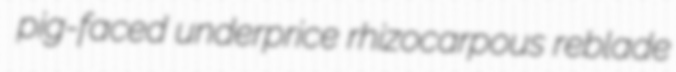
pig-faced underprice rhizocarpous reblade